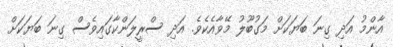
އާންމު އަދި ގިނަ ބަޔަކަށް މަގުބޫލު މޭވާއެކެވެ. އަދި ސްރީލަންކާގައިވެސް ގިނަ ބަޔަކަށް